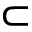
\subset